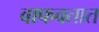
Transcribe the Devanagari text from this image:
वाफवतात